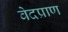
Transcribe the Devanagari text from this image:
वेदप्राण